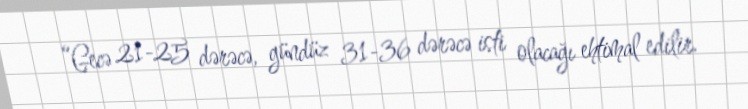
“Gecə 21-25 dərəcə, gündüz 31-36 dərəcə isti olacağı ehtimal edilir.